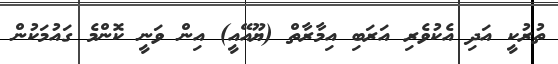
ތުރުކީ އަދި އެކުވެރި އަރަބި އިމާރާތް (ޔޫއޭއީ) އިން ވަނީ ކޮންމެ ގައުމަކުން